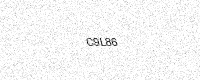
Text: C9L86